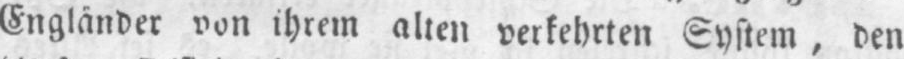
Engländer von ihrem alten verkehrten System, den